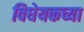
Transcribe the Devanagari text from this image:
विधेयकच्या